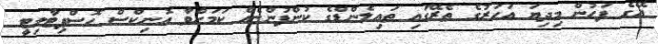
އޭގެ ފަހުން މިދިޔަ އަހަރުގެ ތެރޭގައި ތައިލެންޑްގެ ކުންފުންޏެއް ކަމަށްވާ އޮނިކްސް ހޮސްޕިޓާލިޓީ